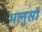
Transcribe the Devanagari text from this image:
भानुसों